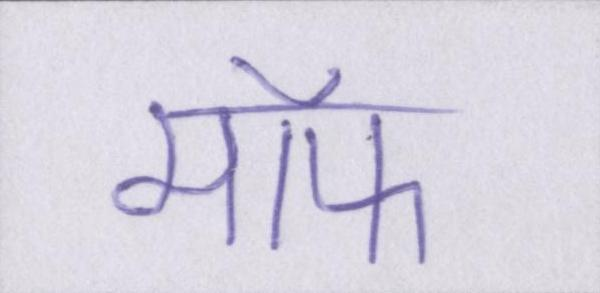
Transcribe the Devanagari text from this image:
मॉफ